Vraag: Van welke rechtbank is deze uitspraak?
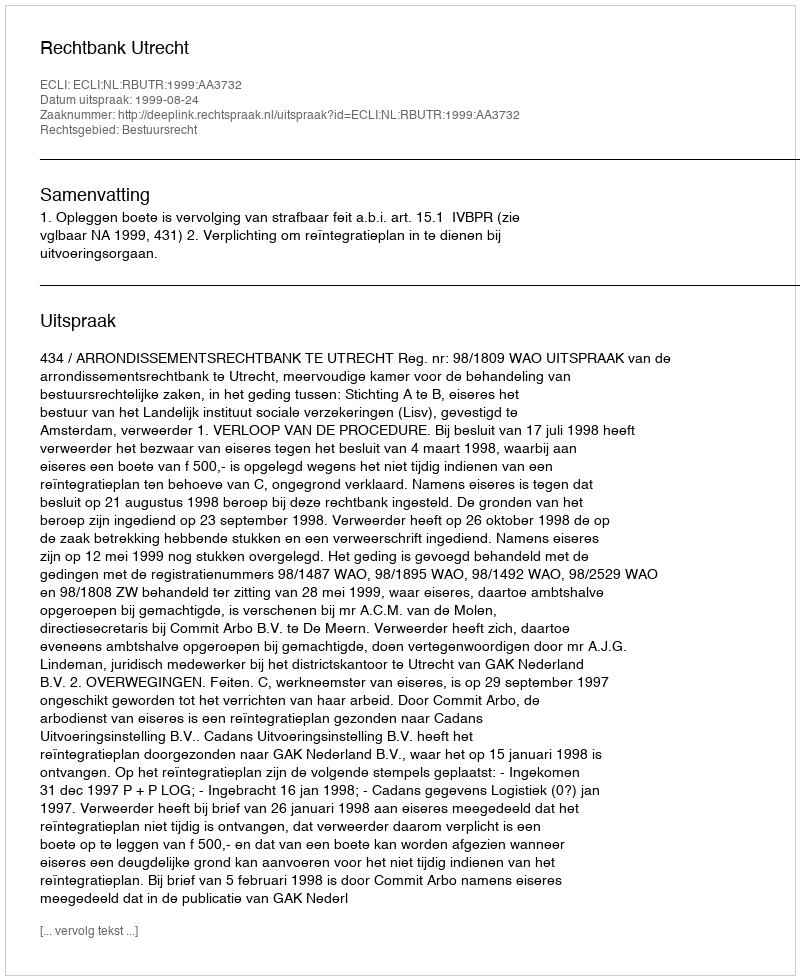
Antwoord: Rechtbank Utrecht